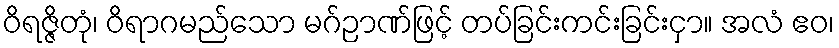
ဝိရဇ္ဇိတုံ၊ ဝိရာဂမည်သော မဂ်ဉာဏ်ဖြင့် တပ်ခြင်းကင်းခြင်းငှာ။ အလံ ဧဝ၊